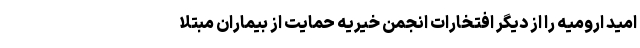
امید ارومیه را از دیگر افتخارات انجمن خیریه حمایت از بیماران مبتلا